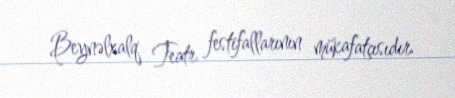
Beynəlxalq Teatr festifallarının mükafatçısıdır.